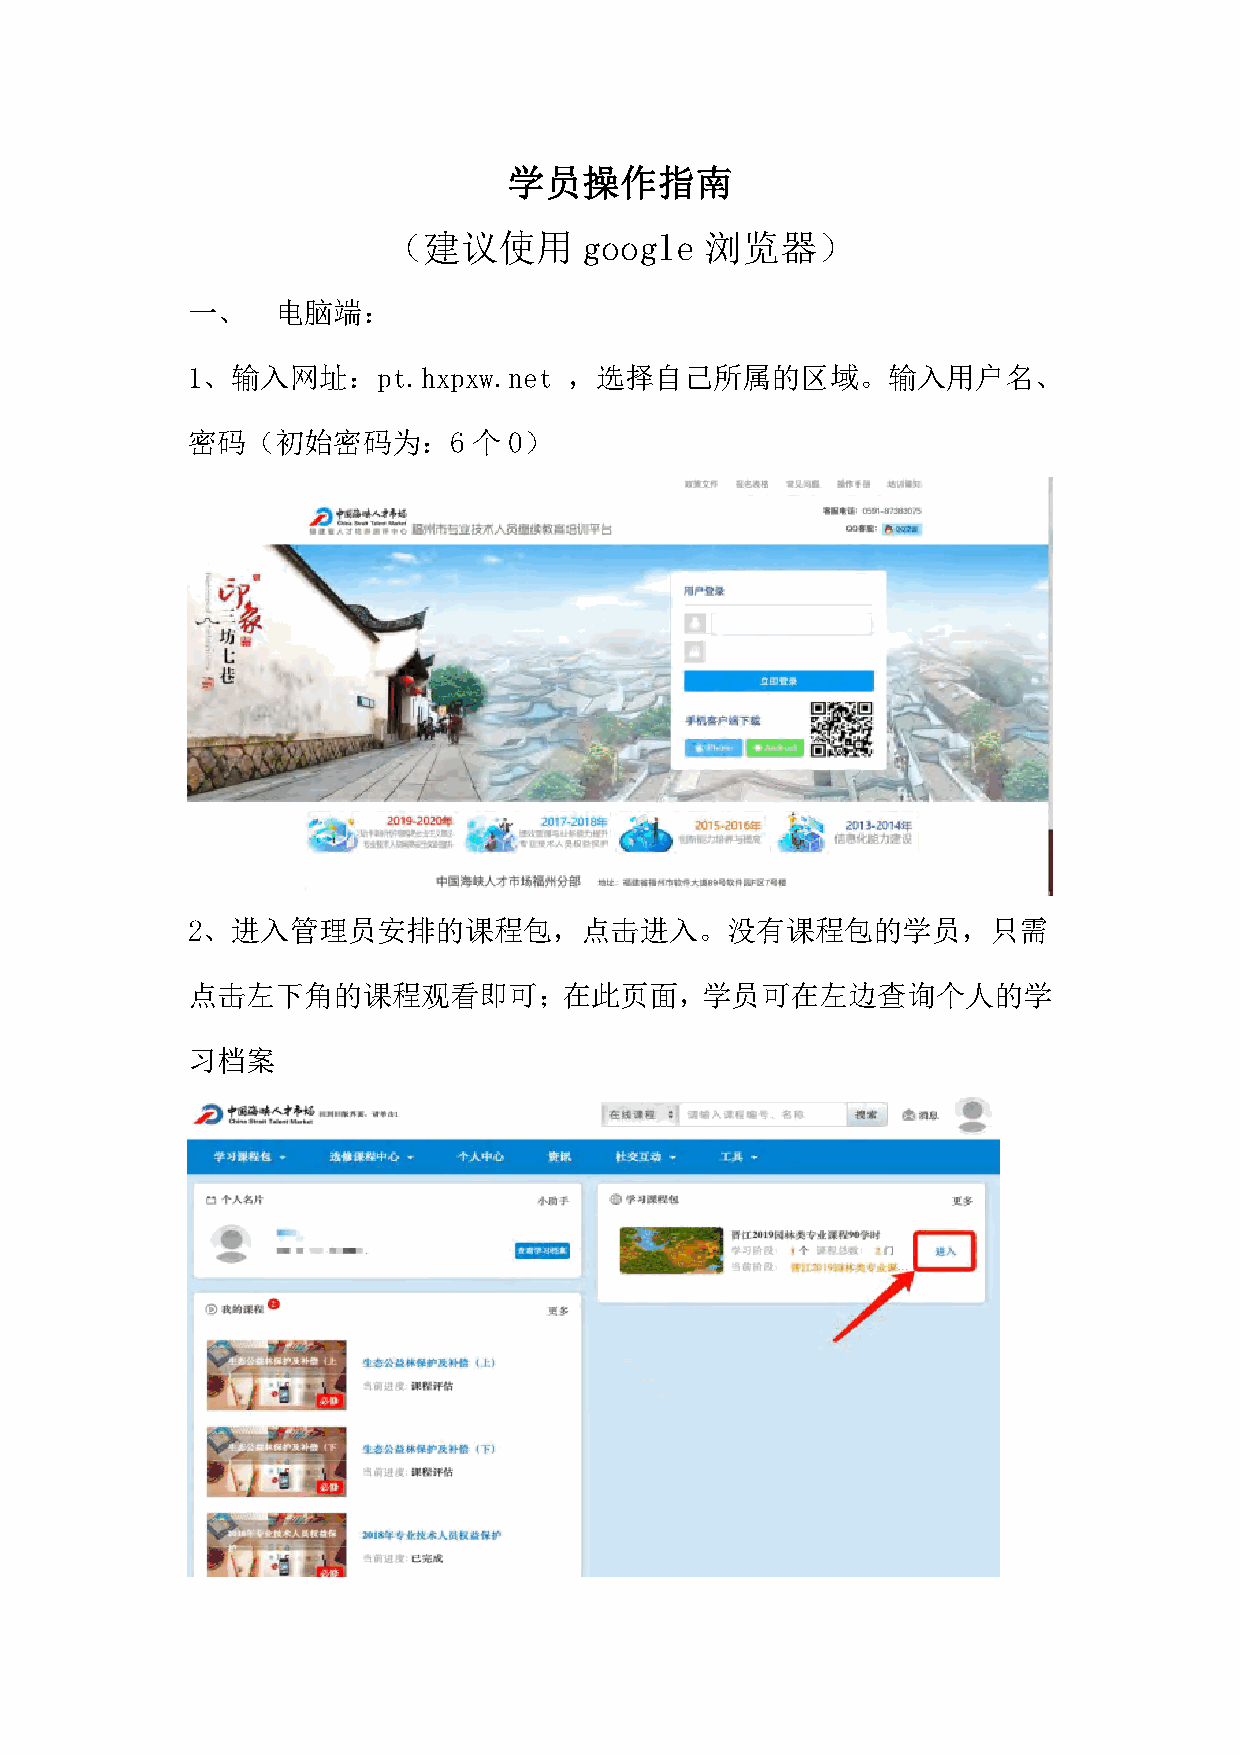
学员操作指南
 （建议使用        google  浏览器）
 一、    电脑端：
 1、输入网址：pt.hxpxw.net       ，选择自己所属的区域。输入用户名、
 密码（初始密码为：6         个  0）
 2、进入管理员安排的课程包，点击进入。没有课程包的学员，只需
 点击左下角的课程观看即可；在此页面，学员可在左边查询个人的学
 习档案